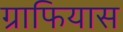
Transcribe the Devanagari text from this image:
ग्राफियास